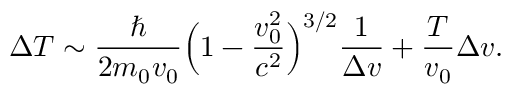
\Delta T \sim \frac { \hslash } { 2 m _ { 0 } v _ { 0 } } \Bigl ( 1 - \frac { v _ { 0 } ^ { 2 } } { c ^ { 2 } } \Bigr ) ^ { 3 / 2 } \frac { 1 } { \Delta v } + \frac { T } { v _ { 0 } } \Delta v .